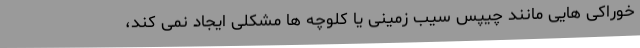
خوراکی هایی مانند چیپس سیب زمینی یا کلوچه ها مشکلی ایجاد نمی کند،